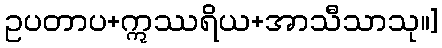
ဥပတာပ+ဣဿရိယ+အာသီသာသု။]